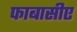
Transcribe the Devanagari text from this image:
फाबासीए